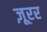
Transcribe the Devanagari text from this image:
ज़ूरर